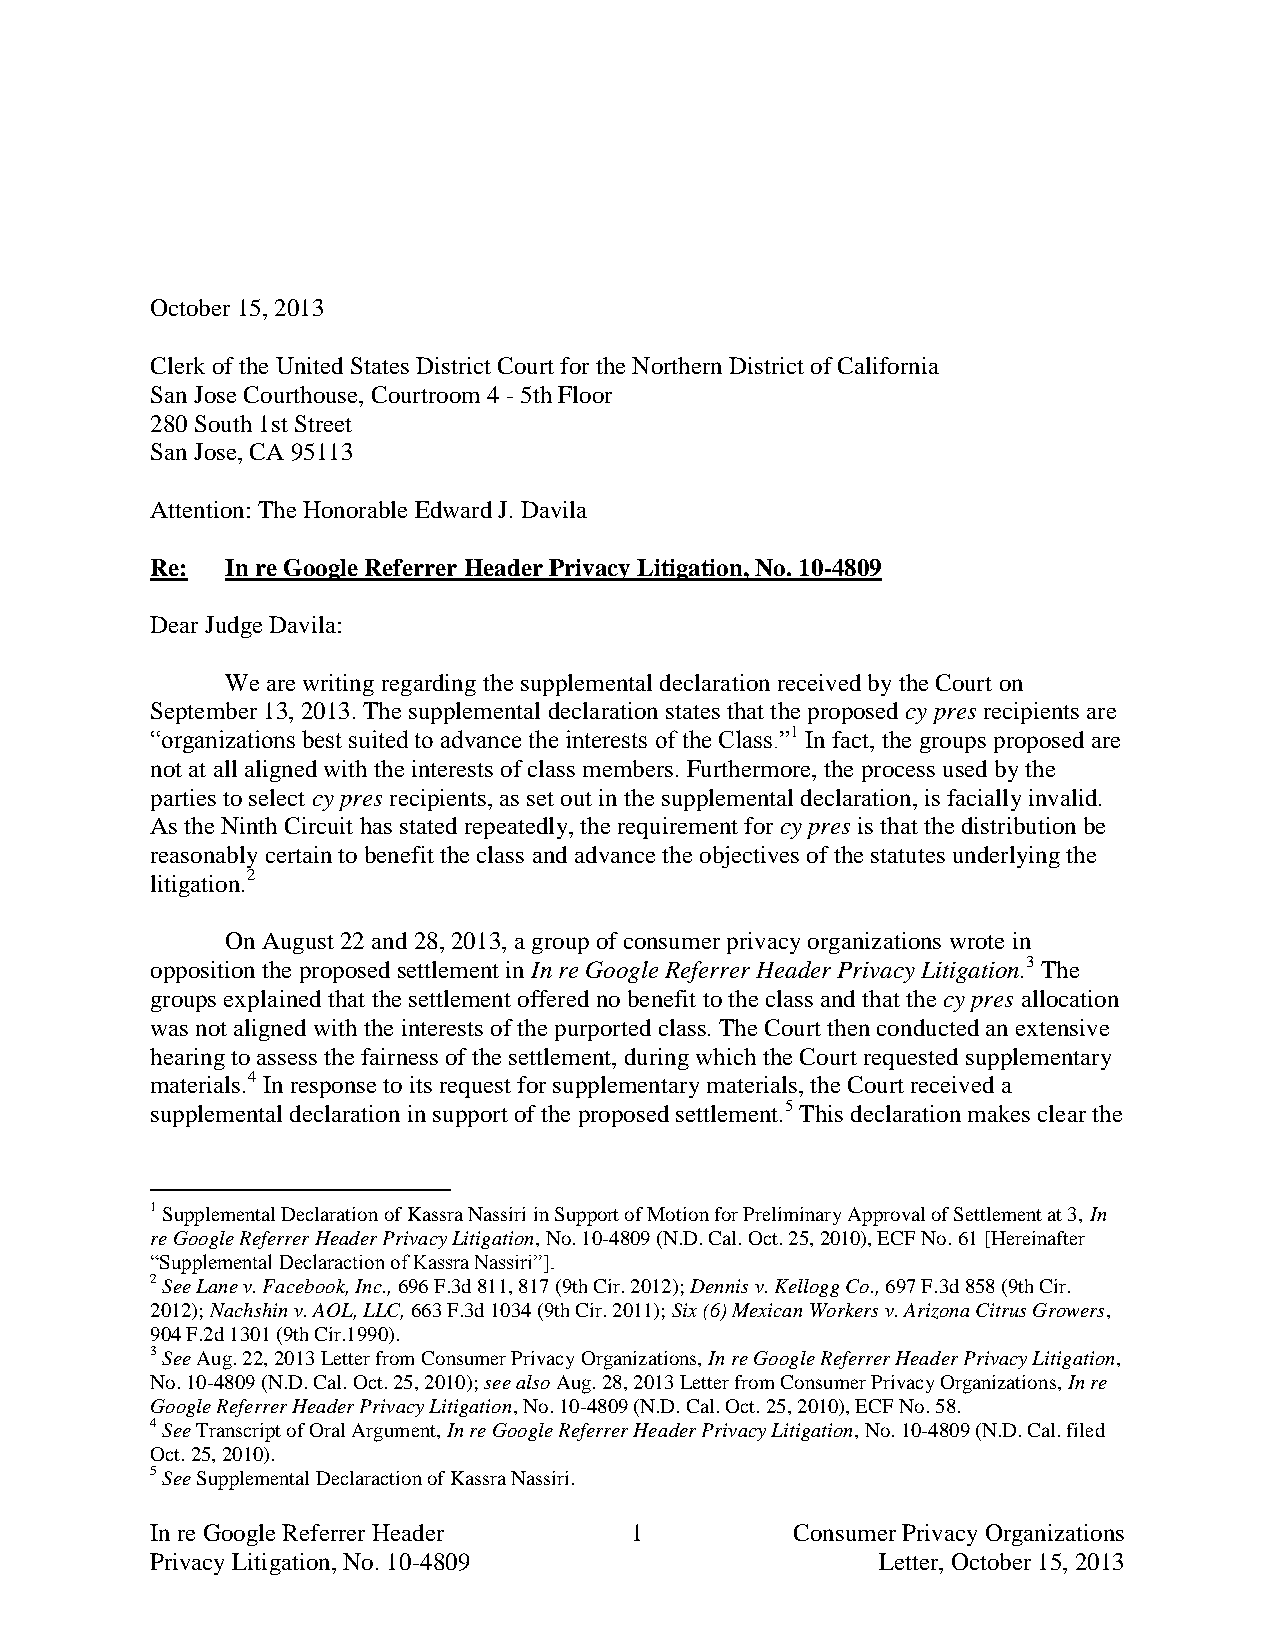
October 15, 2013
 Clerk of the United States District Court for the Northern District of California
 San Jose Courthouse, Courtroom 4 - 5th Floor
 280 South 1st Street
 San Jose, CA 95113
 Attention: The Honorable Edward J. Davila
 Re:  In re Google Referrer Header Privacy Litigation, No. 10-4809
 Dear Judge Davila:
 We are writing regarding the supplemental declaration received by the Court on
 September 13, 2013. The supplemental declaration states that the proposed cy pres recipients are
 “organizations best suited to advance the interests of the Class.”1 In fact, the groups proposed are
 not at all aligned with the interests of class members. Furthermore, the process used by the
 parties to select cy pres recipients, as set out in the supplemental declaration, is facially invalid.
 As the Ninth Circuit has stated repeatedly, the requirement for cy pres is that the distribution be
 reasonably certain to benefit the class and advance the objectives of the statutes underlying the
 litigation.2
 On August 22 and 28, 2013, a group of consumer privacy organizations wrote in
 opposition the proposed settlement in In re Google Referrer Header Privacy Litigation.3 The
 groups explained that the settlement offered no benefit to the class and that the cy pres allocation
 was not aligned with the interests of the purported class. The Court then conducted an extensive
 hearing to assess the fairness of the settlement, during which the Court requested supplementary
 materials.4 In response to its request for supplementary materials, the Court received a
 supplemental declaration in support of the proposed settlement.5 This declaration makes clear the
 1 Supplemental Declaration of Kassra Nassiri in Support of Motion for Preliminary Approval of Settlement at 3, In
 re Google Referrer Header Privacy Litigation, No. 10-4809 (N.D. Cal. Oct. 25, 2010), ECF No. 61 [Hereinafter
 “Supplemental Declaraction of Kassra Nassiri”].
 2 See Lane v. Facebook, Inc., 696 F.3d 811, 817 (9th Cir. 2012); Dennis v. Kellogg Co., 697 F.3d 858 (9th Cir.
 2012); Nachshin v. AOL, LLC, 663 F.3d 1034 (9th Cir. 2011); Six (6) Mexican Workers v. Arizona Citrus Growers,
 904 F.2d 1301 (9th Cir.1990).
 3 See Aug. 22, 2013 Letter from Consumer Privacy Organizations, In re Google Referrer Header Privacy Litigation,
 No. 10-4809 (N.D. Cal. Oct. 25, 2010); see also Aug. 28, 2013 Letter from Consumer Privacy Organizations, In re
 Google Referrer Header Privacy Litigation, No. 10-4809 (N.D. Cal. Oct. 25, 2010), ECF No. 58.
 4 See Transcript of Oral Argument, In re Google Referrer Header Privacy Litigation, No. 10-4809 (N.D. Cal. filed
 Oct. 25, 2010).
 5 See Supplemental Declaraction of Kassra Nassiri.
 In re Google Referrer Header    1          Consumer Privacy Organizations
 Privacy Litigation, No. 10-4809                 Letter, October 15, 2013